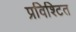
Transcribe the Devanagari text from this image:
प्रविश्टित